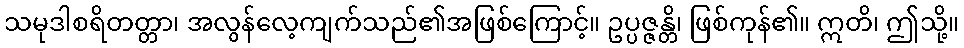
သမုဒါစရိတတ္တာ၊ အလွန်လေ့ကျက်သည်၏အဖြစ်ကြောင့်။ ဥပ္ပဇ္ဇန္တိ၊ ဖြစ်ကုန်၏။ ဣတိ၊ ဤသို့။